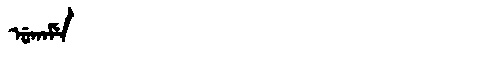
Manchu: ᡠᡴᠠᠮᡝ
Romanization: UKAME